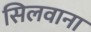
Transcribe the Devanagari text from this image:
सिलवाना